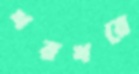
খরখরে